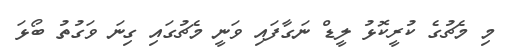
މި މެޗުގެ ކުރީކޮޅު ލީޑް ނަގާފައި ވަނީ މެޗުގައި ގިނަ ވަގުތު ބޯޅަ